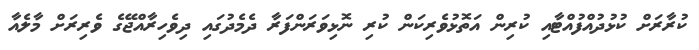
ކުރާރަށް ކުޅުދުއްފުއްޓާއި ކުރިން އަތޮޅުވެރިކަން ކުރި ނޮޅިވަރަންފަރާ ދެމެދުގައި ދިވެހިރާއްޖޭގެ ވެރިރަށް މާލެއާ